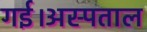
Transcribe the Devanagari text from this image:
गई।अस्पताल